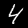
Label: 4